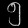
Digit: ၅